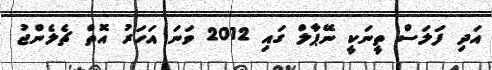
އަދި ފަލަސް ތީނަކީ ނޭޕާލް ގައި 2012 ވަނަ އަހަރު އޮތް ޗެލެންޖު